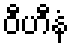
ဝီဟီနံ